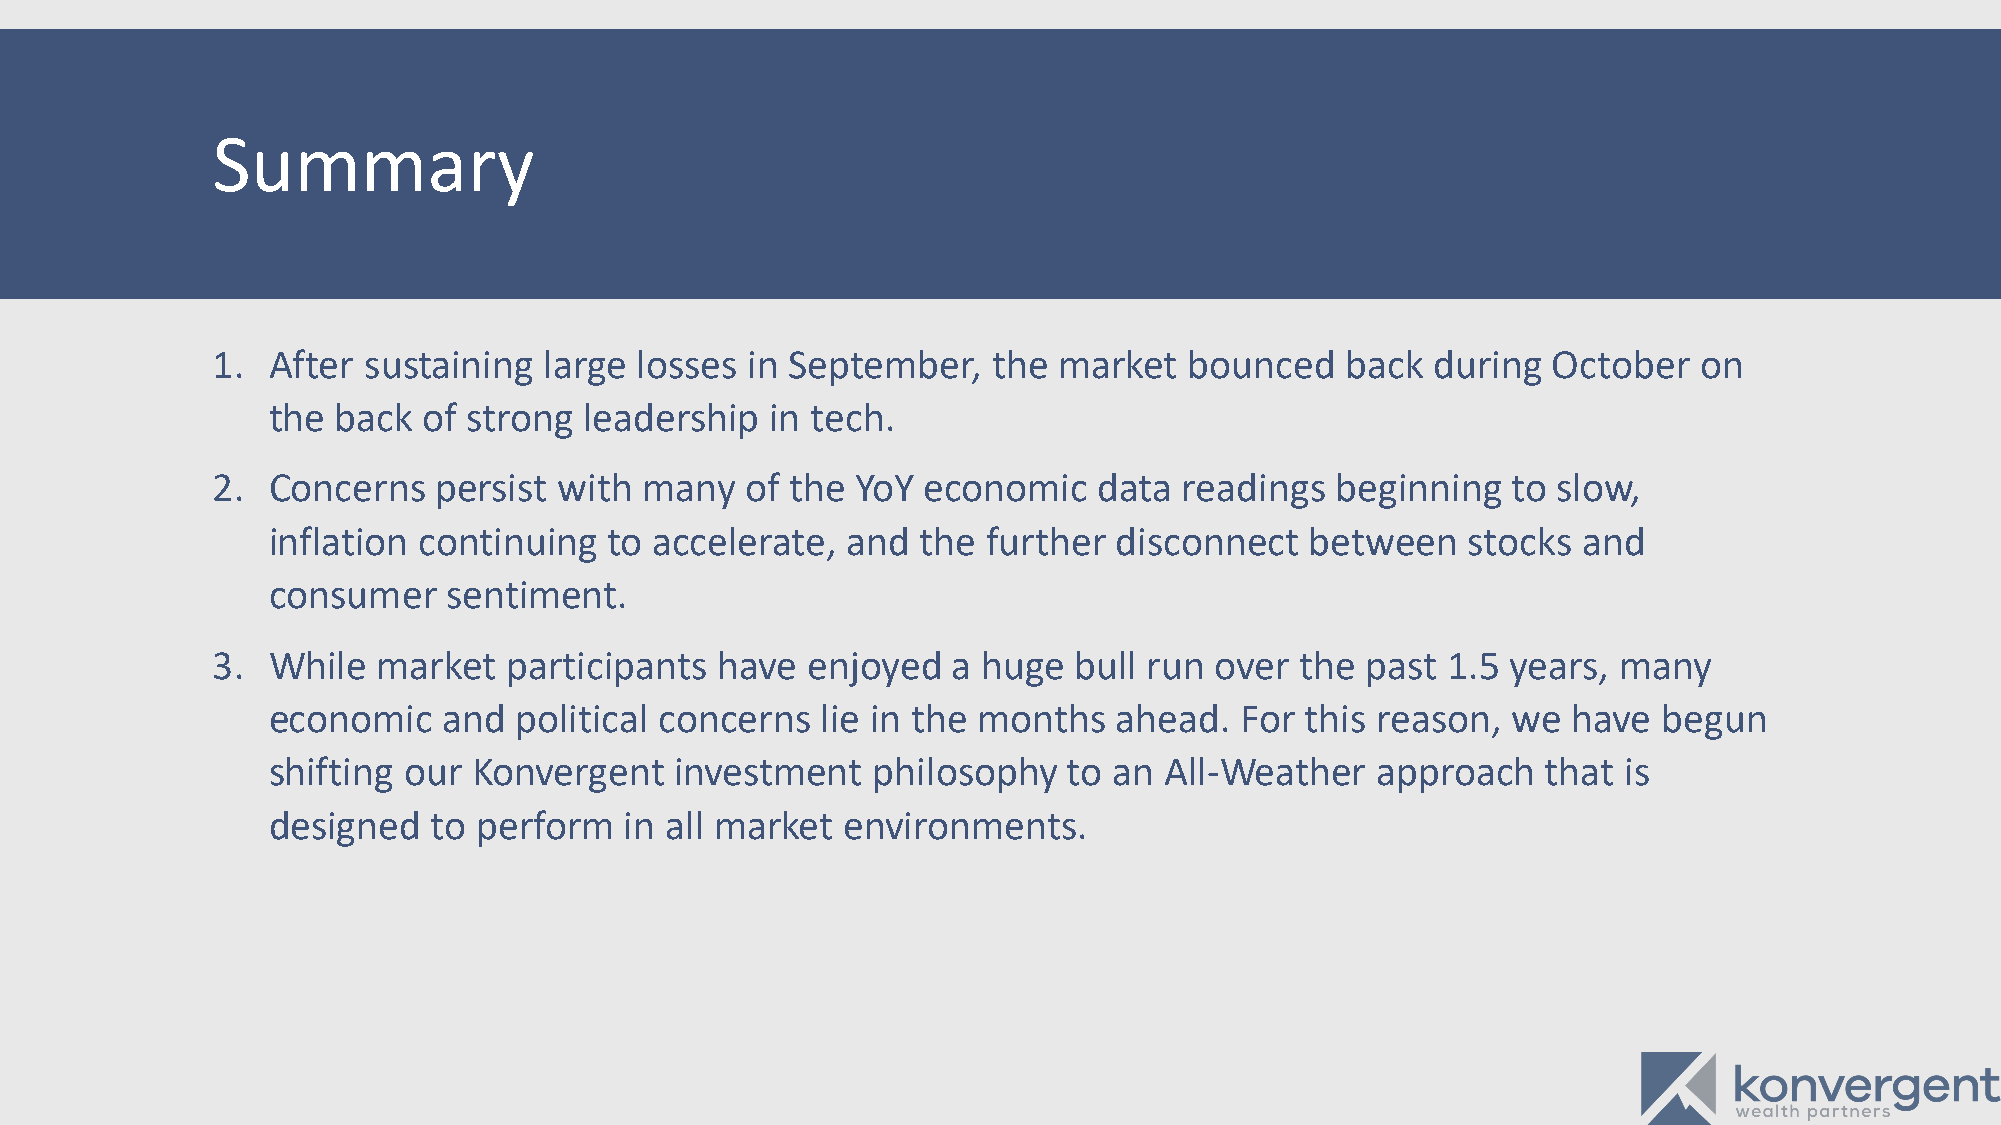
Summary
 1.  After sustaining  large losses  in September,   the market   bounced   back  during  October  on
 the back  of strong  leadership  in tech.
 2.  Concerns   persist with many   of the  YoY economic    data readings  beginning   to slow,
 inflation continuing  to accelerate,  and  the further  disconnect   between   stocks  and
 consumer    sentiment.
 3.  While  market   participants have  enjoyed   a huge  bull run over  the past  1.5 years, many
 economic   and  political concerns  lie in the months   ahead.  For this reason,  we  have  begun
 shifting our Konvergent    investment   philosophy   to an All-Weather   approach   that is
 designed   to perform  in all market  environments.